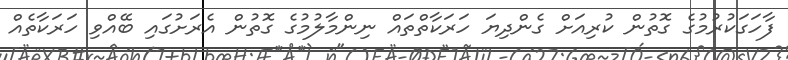
ފާހަގަކުރުމުގެ ގޮތުން ކުރިއަށް ގެންދިޔަ ހަރަކާތްތައް ނިންމާލުމުގެ ގޮތުން އެރަށުގައި ބޭއްވި ހަރަކާތެެއް